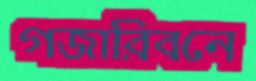
গজারিবনে